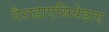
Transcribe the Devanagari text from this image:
पैराडाएसियेडाए